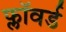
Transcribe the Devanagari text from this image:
फ्लॉवर्ड